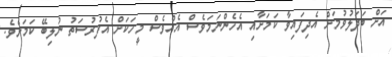
އަށް ބަދަލުވުމަށް އެދިފައިވާ ކަމަށާއި އެހެންނަމަވެސް އެއްވެސް މީހަކަށް އެފުރުސަތު ނުލިބޭ ކަމަށެވެ.